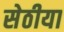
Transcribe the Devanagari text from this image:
सेठीया